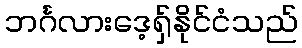
ဘင်္ဂလားဒေ့ရှ်နိုင်ငံသည်